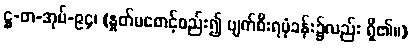
ဋ္ဌ-တ-အုပ်-၉၄၊ (နှုတ်မစောင့်စည်း၍ ပျက်စီးရပုံခန်း၌လည်း ရှိ၏။)